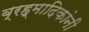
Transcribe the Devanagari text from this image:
ब्रह्मादिकांनी